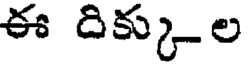
ఈ దిక్కుల